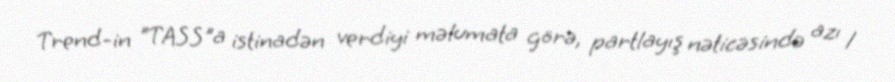
Trend-in "TASS"a istinadən verdiyi məlumata görə, partlayış nəticəsində azı 1